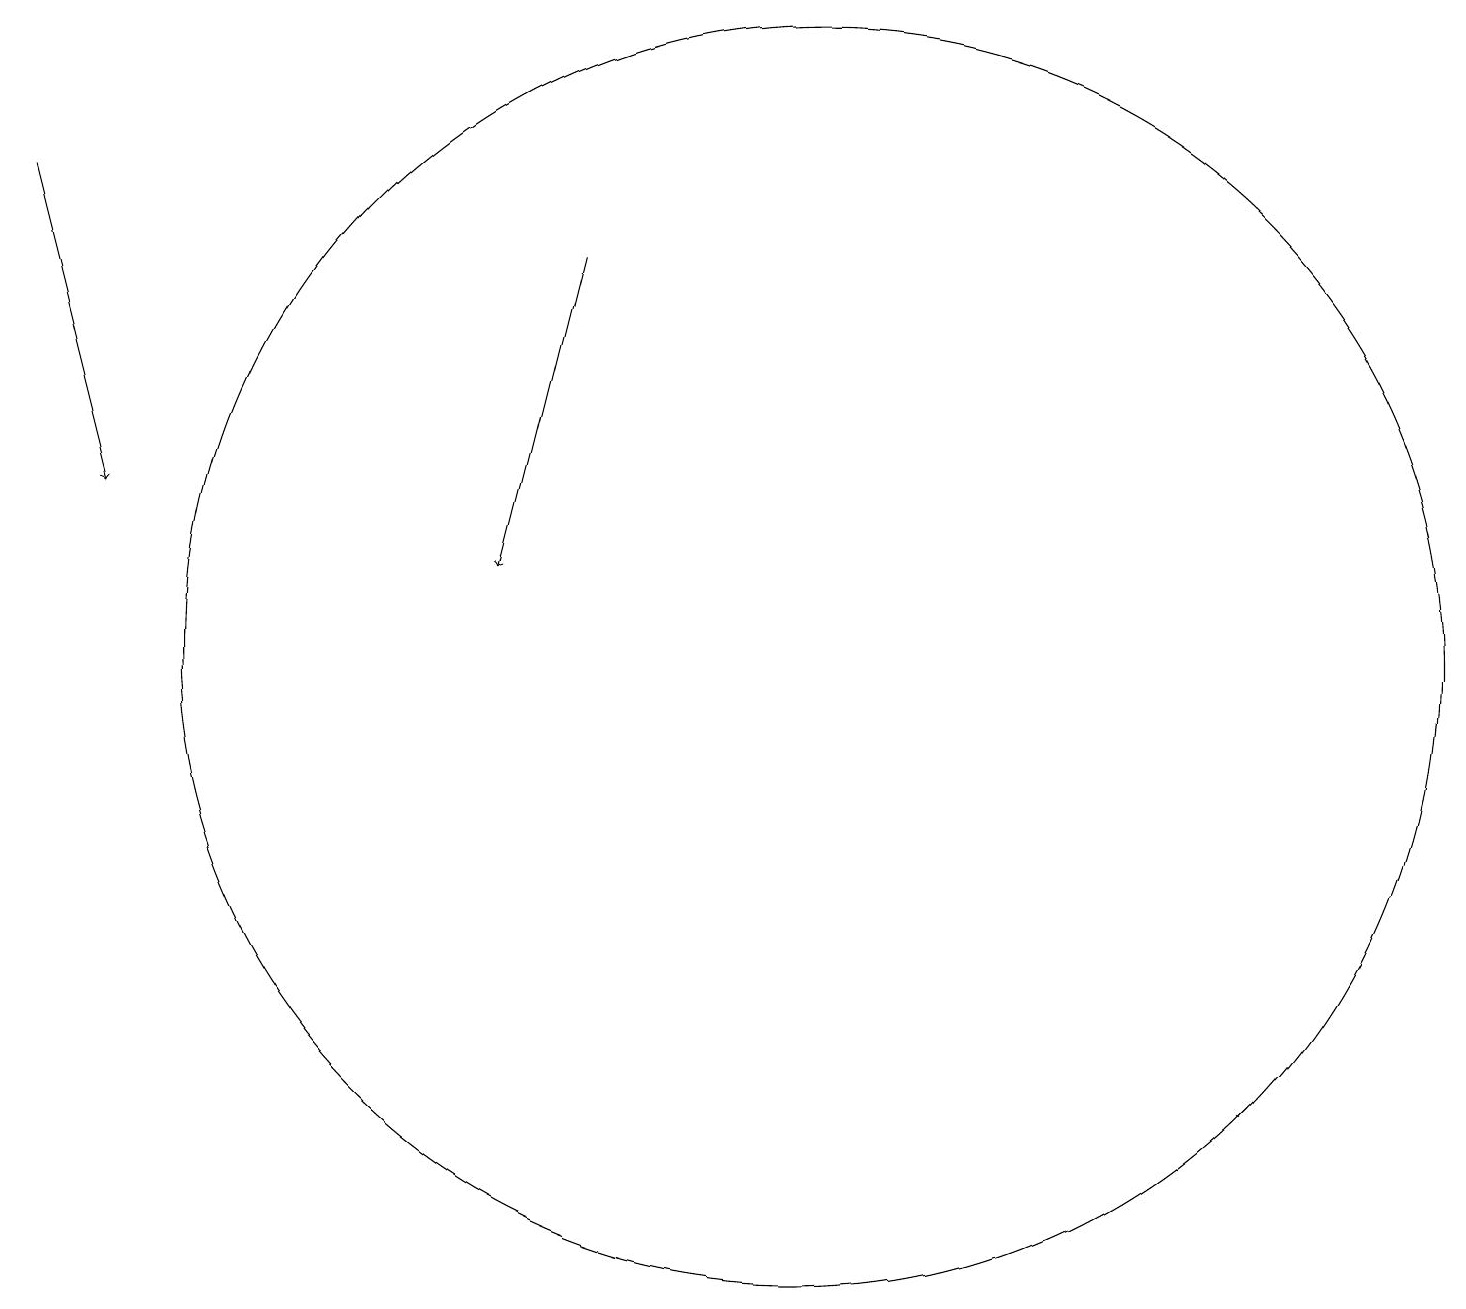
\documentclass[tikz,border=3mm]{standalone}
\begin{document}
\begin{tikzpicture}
\draw[->] (1,17) -- (2,13);
\draw (11,11) circle (8);
\draw[->] (8,16) -- (7,12);
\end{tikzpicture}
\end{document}